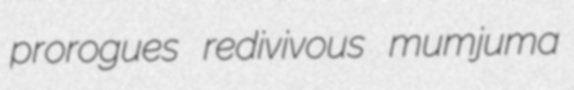
prorogues redivivous mumjuma